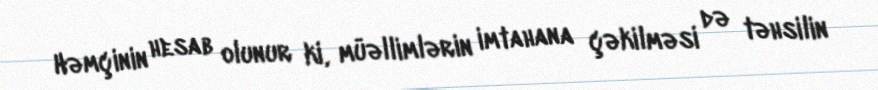
Həmçinin hesab olunur ki, müəllimlərin imtahana çəkilməsi də təhsilin